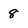
Character: 8